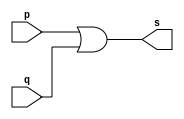
// ---------------------
// Exercicio 10  - OR
// Nome: Josu
// ---------------------


// ---------------------
// -- or gate
// ---------------------
module orgate2in (output s, input p, input q);

    assign s = (p | q);

endmodule

// ---------------------
// -- or gate
// ---------------------
module orgate3in (output s, input p, input q, input r);

    wire x;
    orgate2in OR1(x, p, q);
    assign s = (x | r);

endmodule


// ---------------------
// -- test orgate
// ---------------------
module testorgate;

    reg a, b, c;
    wire s;

    orgate3in OR1 (s, a, b, c);

    initial begin:main
        $display("test or:");
        $display("\n ( (p | q) | r = s \n");
        $monitor(" (%b | %b) | %b = %b", a, b, c, s);

        a = 0;
        b = 0;
        c = 0;

        #1  a = 0;    b = 0;  c = 1;
        #1  a = 0;    b = 1;  c = 0;
        #1  a = 0;    b = 1;  c = 1;
        #1  a = 1;    b = 0;  c = 0;
        #1  a = 1;    b = 0;  c = 1;
        #1  a = 1;    b = 1;  c = 0;
        #1  a = 1;    b = 1;  c = 1;
    end

endmodule